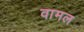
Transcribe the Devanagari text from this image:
वामल